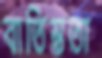
বাতিস্তুতা